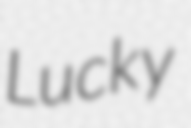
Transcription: Lucky